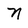
Character: n